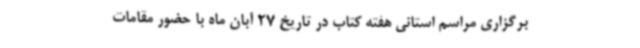
برگزاری مراسم استانی هفته کتاب در تاریخ 27 آبان ماه با حضور مقامات